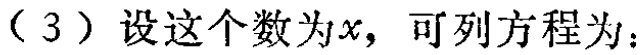
（3）设这个数为\(x\)，可列方程为：